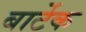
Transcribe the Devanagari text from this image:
बार्टेक